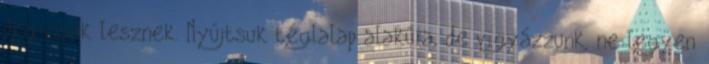
dkg-osak lesznek. Nyújtsuk téglalap alakúra, de vigyázzunk, ne legyen